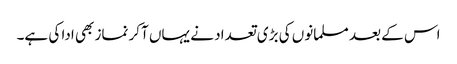
اس کے بعد مسلمانوں کی بڑی تعداد نے یہاں آکر نماز بھی ادا کی ہے۔